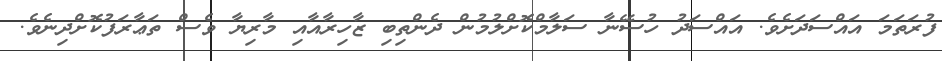
ފުރަތަމަ އައްސަދަށެވެ. އައްސަދު ހުސޭނާ ސަލާމްކޮށްލުމުން ދެންތިބި ޒާހިރާއާއި މާރިޔާ ވެސް ތަޢާރަފުކޮށްދިނެވެ.